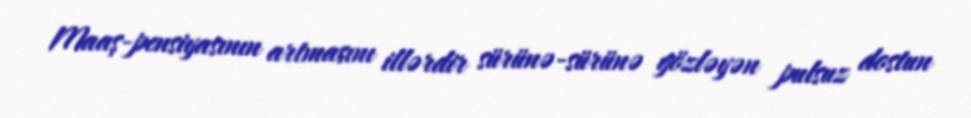
Maaş-pensiyasının artmasını illərdir sürünə-sürünə gözləyən pulsuz dostun